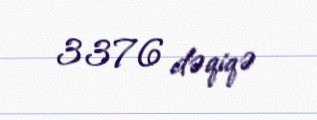
3376 dəqiqə